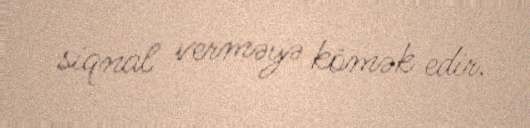
siqnal verməyə kömək edir.